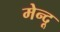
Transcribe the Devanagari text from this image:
मेन्दू